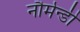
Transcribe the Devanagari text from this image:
नौर्मन्डी